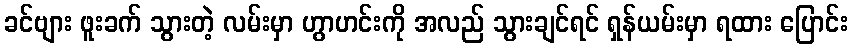
ခင်ဗျား ဖူးခက် သွားတဲ့ လမ်းမှာ ဟွာဟင်းကို အလည် သွားချင်ရင် ရှန်ယမ်းမှာ ရထား ပြောင်း